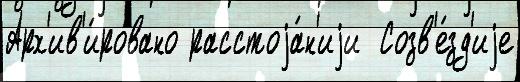
Арх'ив'и́ровано расстоjа́н'иjи  Созв'е́зд'иjе